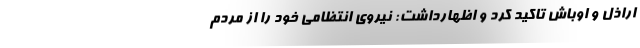
اراذل و اوباش تاکید کرد و اظهارداشت: نیروی انتظامی خود را از مردم